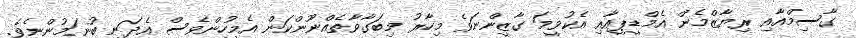
ގާސިމްއާއި ރިޔާޒްމެން އެމްޑީޕީއާއި އެކުވީމަ ގާޒީންނަވެ މިހާރު މިބަގާވާތެއްނޫންކަން އެމީހުންވެސް އެދަނީ ބުނަމުންނެވެ.